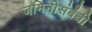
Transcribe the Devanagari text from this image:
जमिनीसंबंधी